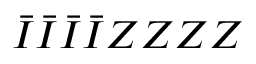
\bar { I } \bar { I } \bar { I } \bar { I } Z Z Z Z